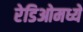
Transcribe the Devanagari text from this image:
रेडिओमध्ये